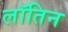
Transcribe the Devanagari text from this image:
लॉतिन